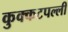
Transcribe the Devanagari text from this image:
कुक्कटपल्ली